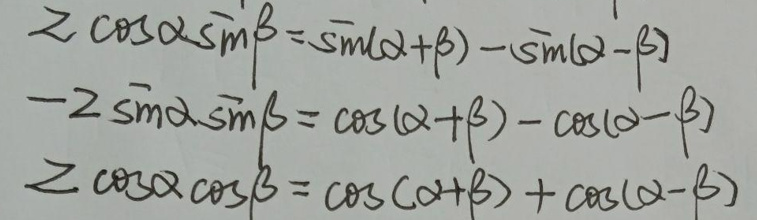
\[
\begin{align*}
2\cos\alpha\sin\beta&=\sin(\alpha + \beta)-\sin(\alpha - \beta)\\
-2\sin\alpha\sin\beta&=\cos(\alpha + \beta)-\cos(\alpha - \beta)\\
2\cos\alpha\cos\beta&=\cos(\alpha + \beta)+\cos(\alpha - \beta)
\end{align*}
\]